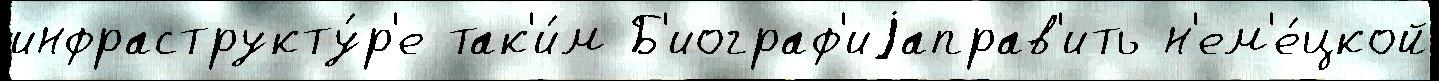
инфраструкту́р'е так'и́м Б'иограф'иjаправ'ить н'ем'е́цкой